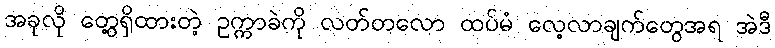
အခုလို တွေ့ရှိထားတဲ့ ဥက္ကာခဲကို လတ်တလော ထပ်မံ လေ့လာချက်တွေအရ အဲဒီ